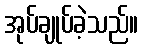
အုပ်ချုပ်ခဲ့သည်။